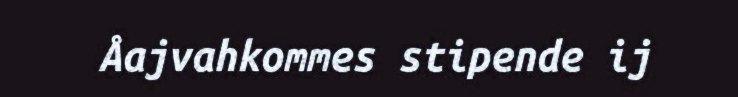
Åajvahkommes stipende ij